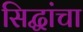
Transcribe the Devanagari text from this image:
सिद्धांचा